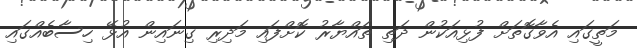
މަތީގައި އެވާގޮތަށް ފުޅިއަކުން ދަތި ތައްޔާރު ކޮށްފައި މަދިރި ގިނައިން އުޅޭ ހިސާބެއްގައި